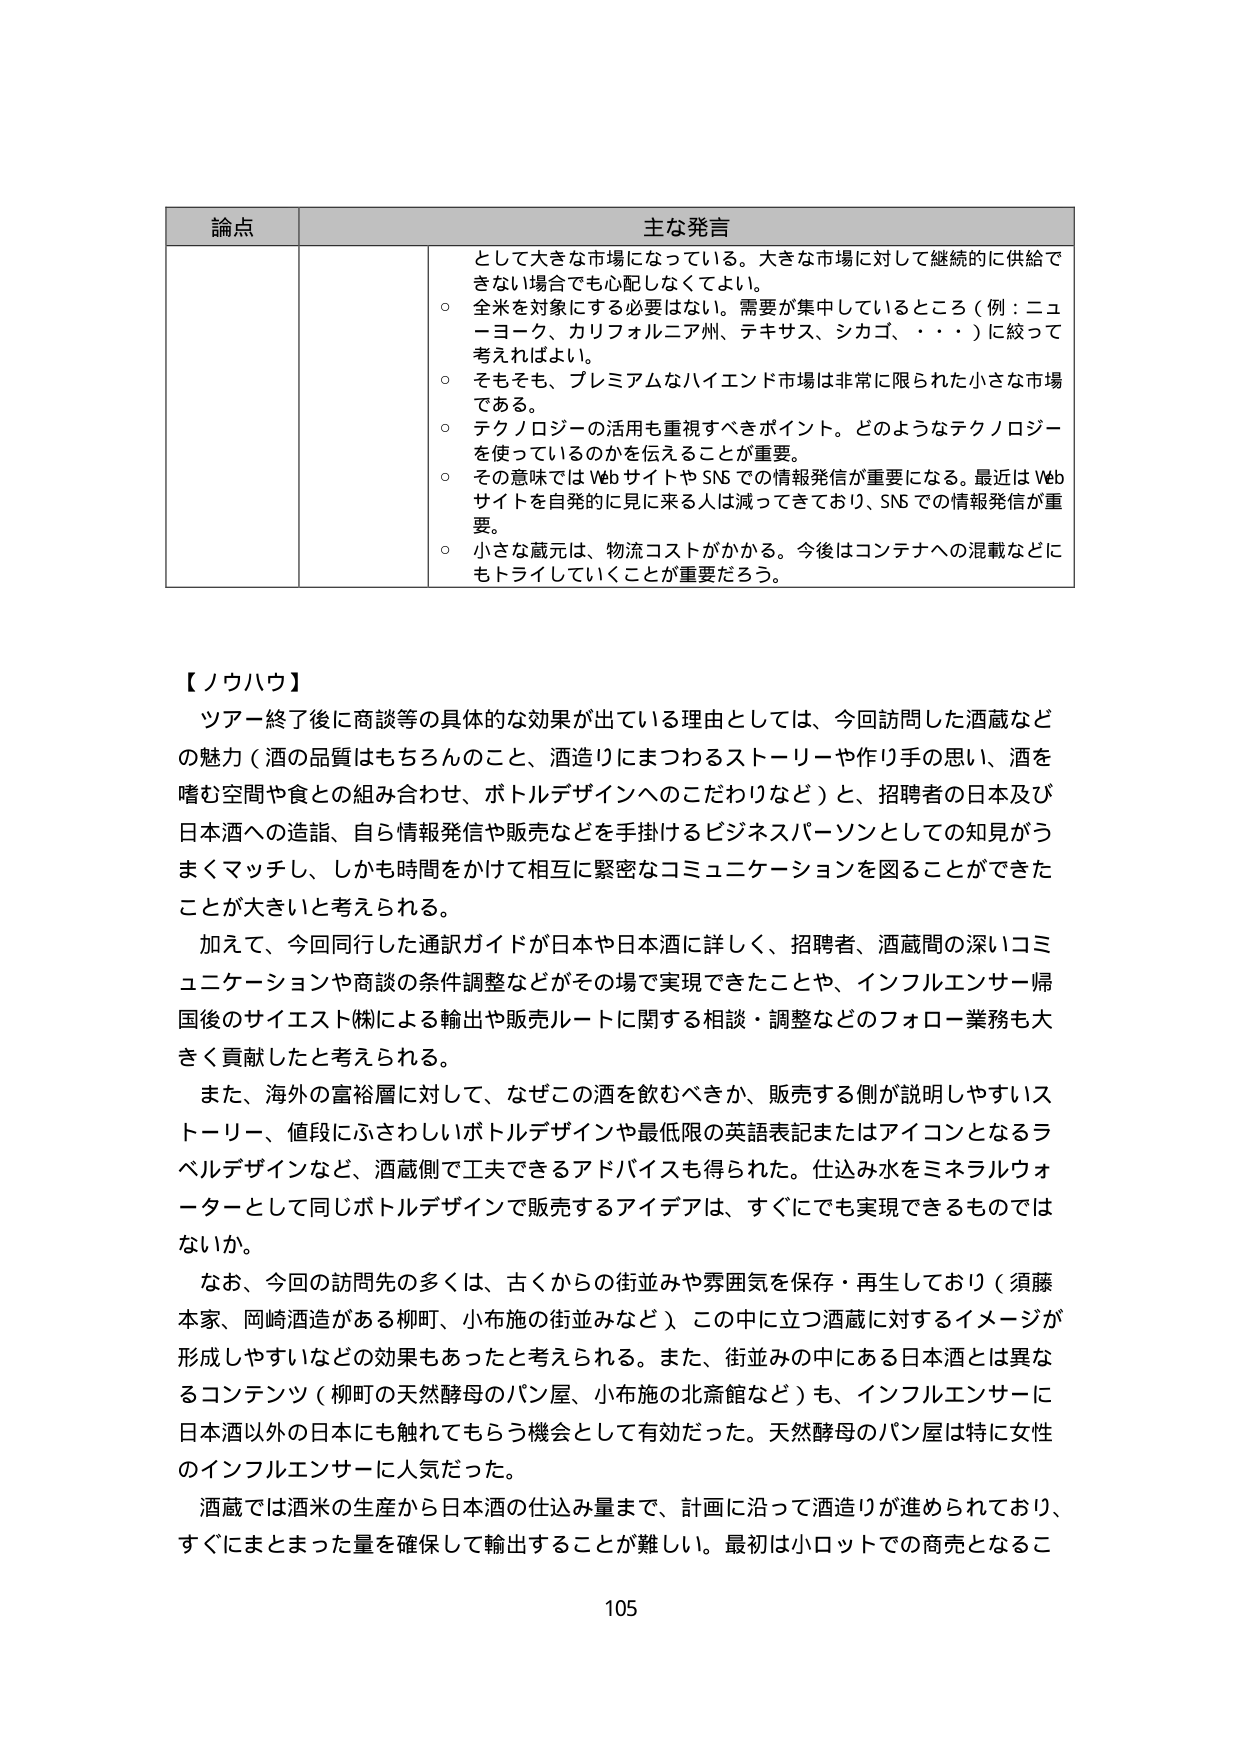
論点 主な発言
として大きな市場になっている。大きな市場に対して継続的に供給できない場合でも心配しなくてよい。
○ 全米を対象にする必要はない。需要が集中しているところ（例：ニューヨーク、カリフォルニア州、テキサス、シカゴ、・・・）に絞って考えればよい。
○ そもそも、プレミアムなハイエンド市場は非常に限られた小さな市場である。
○ テクノロジーの活用も重視すべきポイント。どのようなテクノロジーを使っているのかを伝えることが重要。
○ その意味ではWebサイトやSNSでの情報発信が重要になる。最近はWebサイトを自発的に見に来る人は減ってきており、SNSでの情報発信が重要。
○ 小さな蔵元は、物流コストがかかる。今後はコンテナへの混載などにもトライしていくことが重要だろう。

【ノウハウ】
ツアー終了後に商談等の具体的な効果が出ている理由としては、今回訪問した酒蔵などの魅力（酒の品質はもちろんのこと、酒造りにまつわるストーリーや作り手の思い、酒を嗜む空間や食との組み合わせ、ボトルデザインへのこだわりなど）と、招聘者の日本及び日本酒への造詣、自ら情報発信や販売などを手掛けるビジネスパーソンとしての知見がうまくマッチし、しかも時間をかけて相互に緊密なコミュニケーションを図ることができたことが大きいと考えられる。
加えて、今回同行した通訳ガイドが日本や日本酒に詳しく、招聘者、酒蔵間の深いコミュニケーションや商談の条件調整などがその場で実現できたことや、インフルエンサー帰国後のサイエスト㈱による輸出や販売ルートに関する相談・調整などのフォロー業務も大きく貢献したと考えられる。
また、海外の富裕層に対して、なぜこの酒を飲むべきか、販売する側が説明しやすいストーリー、値段にふさわしいボトルデザインや最低限の英語表記またはアイコンとなるラベルデザインなど、酒蔵側で工夫できるアドバイスも得られた。仕込み水をミネラルウォーターとして同じボトルデザインで販売するアイデアは、すぐにも実現できるものではないか。
なお、今回の訪問先の多くは、古くからの街並みや雰囲気を保存・再生しており（須藤本家、岡崎酒造がある柳町、小布施の街並みなど）、この中に立つ酒蔵に対するイメージが形成しやすいなどの効果もあったと考えられる。また、街並みの中にある日本酒とは異なるコンテンツ（柳町の天然酵母のパン屋、小布施の北斎館など）も、インフルエンサーに日本酒以外の日本にも触れてもらう機会として有効だった。天然酵母のパン屋は特に女性のインフルエンサーに人気だった。
酒蔵では酒米の生産から日本酒の仕込み量まで、計画に沿って酒造りが進められており、すぐにまとまった量を確保して輸出することが難しい。最初は小ロットでの商売となるこ
105